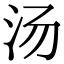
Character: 汤